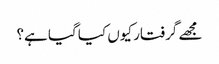
مجھے گرفتار کیوں کیا گیا ہے؟